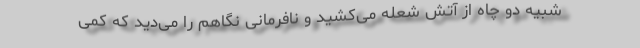
شبیه دو چاه از آتش شعله می‌کشید و نافرمانی نگاهم را می‌دید که کمی